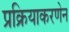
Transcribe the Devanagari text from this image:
प्रक्रियाकरणेन